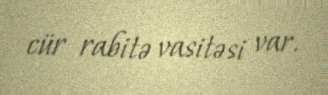
cür rabitə vasitəsi var.